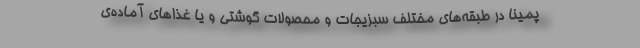
پمینا در طبقه‌های مختلف سبزیجات و محصولات گوشتی و یا غذاهای آماده‌ی